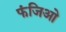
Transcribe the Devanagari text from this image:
फंजिओ